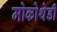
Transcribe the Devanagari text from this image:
मोकोथेडी